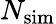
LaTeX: N_{\mathrm{sim}}